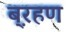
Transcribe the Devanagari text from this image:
ब़्रहण